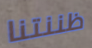
ظننتنا